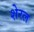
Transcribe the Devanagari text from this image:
शेरल